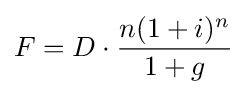
F=D\cdot {\frac {n(1+i)^{n}}{1+g}}